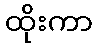
ထိုးကာ